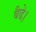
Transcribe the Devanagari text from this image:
बैढे।